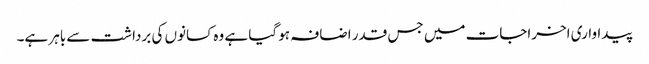
پیداواری اخراجات میں جس قدر اضافہ ہو گیا ہے وہ کسانوں کی برداشت سے باہر ہے۔